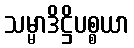
သမ္မာဒိဋ္ဌိပစ္စယာ